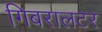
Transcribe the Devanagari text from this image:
गिबरालटर